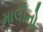
માલીનો